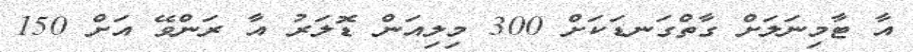
އާ ޓާމިނަލަށް ގާތްގަނޑަކަށް 300 މިލިއަން ޑޮލަރު އާ ރަންވޭ އަށް 150